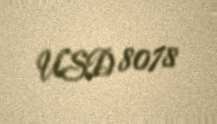
USD 8078